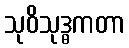
သုဝိသုဒ္ဓကတာ